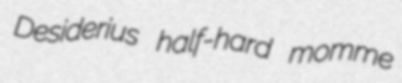
Desiderius half-hard momme